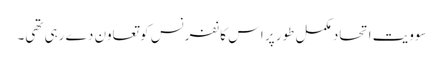
سوویت اتحاد مکمل طور پر اس کانفرنس کو تعاون دے رہی تھی۔